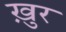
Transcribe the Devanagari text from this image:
ख़ुर